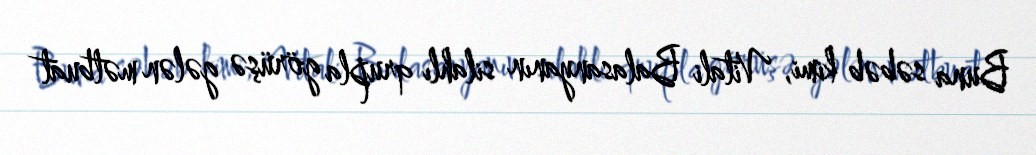
Buna səbəb kimi, Vitali Balasanyanın silahlı qrupla görüşə gələn mətbuat